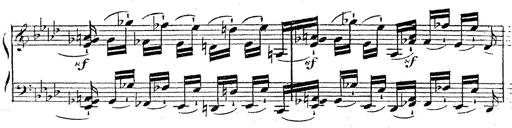
Title: 12 Lieder von Franz Schubert
Composer: Franz Liszt